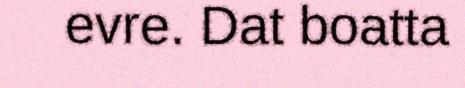
evre. Dat boatta